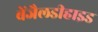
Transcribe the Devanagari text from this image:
बेंजैलडीहाइड